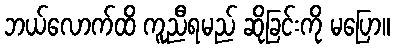
ဘယ်လောက်ထိ ကူညီရမည် ဆိုခြင်းကို မပြော။